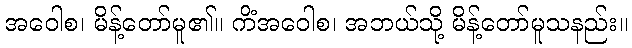
အဝေါစ၊ မိန့်တော်မူ၏။ ကိံအဝေါစ၊ အဘယ်သို့ မိန့်တော်မူသနည်း။